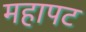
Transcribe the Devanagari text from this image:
महापट